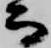
而